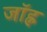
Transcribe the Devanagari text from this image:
जॉह्न